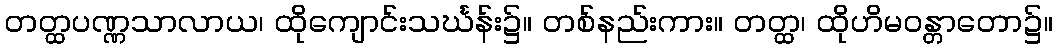
တတ္ထပဏ္ဏသာလာယ၊ ထိုကျောင်းသင်္ဃန်း၌။ တစ်နည်းကား။ တတ္ထ၊ ထိုဟိမဝန္တာတော၌။